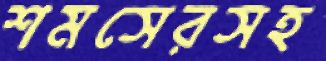
শমসেরসহ